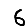
Digit: 6